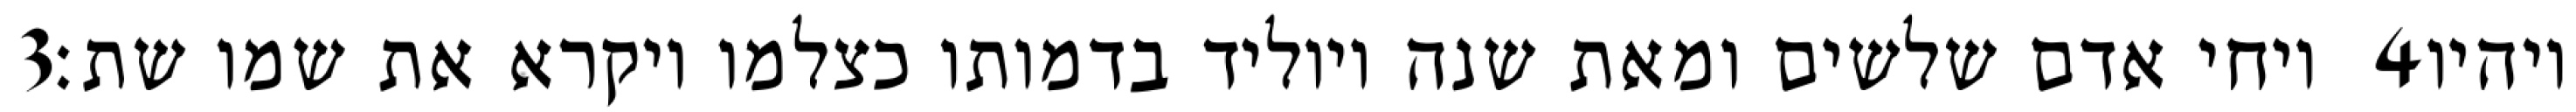
‎3‏ ויחי אדם שלשים ומאת שנה ויוליד בדמותו כצלמו ויקרא את שמו שת׃ ‎4‏ ויהיו